Report on the Civil Veterinary Department, Eastern Bengal and Assam - 1907-1911
Year: 1907
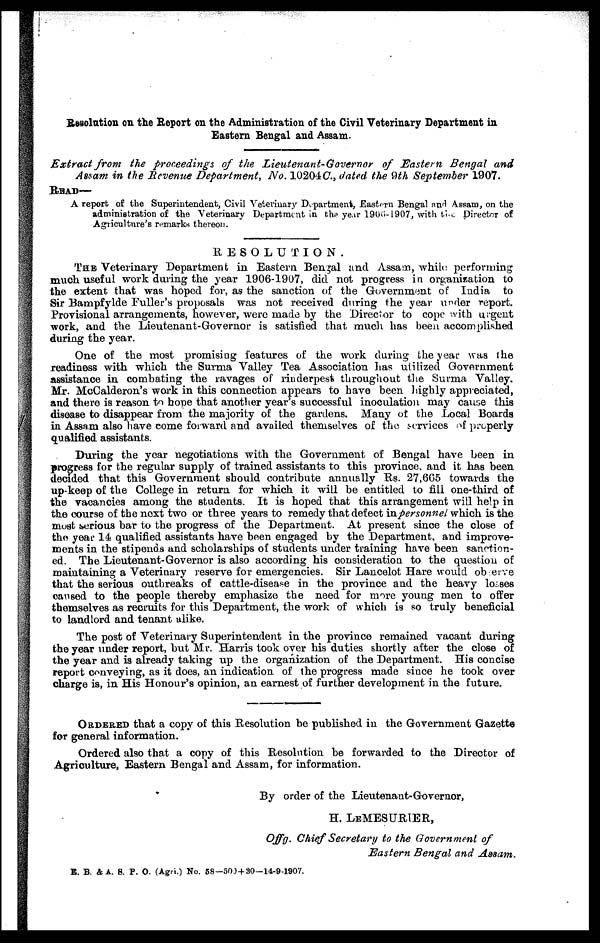
Resolution on the Report on the Administration of the Civil Veterinary Department in
Eastern Bengal and Assam.
Extract from the proceedings of the Lieutenant-Governor of Eastern Bengal and
Assam in the Revenue Department, No. 10204C, dated the 9th September 1907.
READ—
A report of the Superintendent, Civil Veterinary Department, Eastern Bengal and Assam, on the
administration of the Veterinary Department in the year 1906-1907, with the Director of
Agriculture's remarks thereon.
RESOLUTION.
THE Veterinary Department in Eastern Bengal and Assam, while performing
much useful work during the year 1906-1907, did not progress in organisation to
the extent that was hoped for, as the sanction of the Government of India to
Sir Bampfylde Fuller's proposals was not received during the year under report.
Provisional arrangements, however, were made by the Director to cope with urgent
work, and the Lieutenant-Governor is satisfied that much has been accomplished
during the year.
One of the most promising features of the work during the year was the
readiness with which the Surma Valley Tea Association has utilized Government
Assistance in combating the ravages of rinderpest throughout the Surma Valley.
Mr. McCalderon's work in this connection appears to have been highly appreciated,
and there is reason to hope that another year's successful inoculation may cause this
disease to disappear from the majority of the gardens. Many of the Local Boards
in Assam also have come forward and availed themselves of the services of properly
qualified assistants.
During the year negotiations with the Government of Bengal have been in
progress for the regular supply of trained assistants to this province, and it has been
decided that this Government should contribute annually Rs. 27,665 towards the
up-keep of the College in return for which it will be entitled to fill one-third of
the vacancies among the students. It is hoped that this arrangement will help in
the course of the next two or three years to remedy that defect in personnel which is the
most serious bar to the progress of the Department. At present since the close of
the year 14 qualified assistants have been engaged by the Department, and improve-
ments in the stipends and scholarships of students under training have been sanction-
ed. The Lieutenant-Governor is also according his consideration to the question of
maintaining a Veterinary reserve for emergencies. Sir Lancelot Hare would observe
that the serious outbreaks of cattle-disease in the province and the heavy losses
caused to the people thereby emphasize the need for more young men to offer
themselves as recruits for this Department, the work of which is so truly beneficial
to landlord and tenant alike.
The post of Veterinary Superintendent in the province remained vacant during
the year under report, but Mr. Harris took oyer his duties shortly after the close of
the year and is already taking up the organization of the Department. His concise
report conveying, as it does, an indication of the progress made since he took over
charge is, in His Honour's opinion, an earnest of further development in the future.
ORDERED that a copy of this Resolution be published in the Government Gazette
for general information.
Ordered also that a copy of this Resolution be forwarded to the Director of
Agriculture, Eastern Bengal and Assam, for information.
By order of the Lieutenant-Governor,
H. LEMESURIER,
Offg. Chief Secretary to the Government of
Eastern Bengal and Assam.
E. B. &A. 8. P. O. (Agri.) No. 58—500+30—14-9-1907.